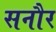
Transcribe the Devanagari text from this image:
सनौर